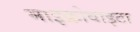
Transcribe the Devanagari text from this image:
माइक्रोवाइटा